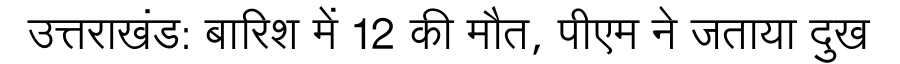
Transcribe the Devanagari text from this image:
उत्तराखंड: बारिश में 12 की मौत, पीएम ने जताया दुख